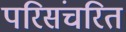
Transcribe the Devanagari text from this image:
परिसंचरित